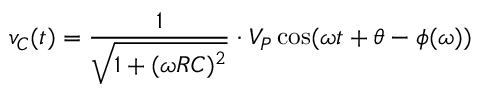
v _ { C } ( t ) = { \frac { 1 } { \sqrt { 1 + ( \omega R C ) ^ { 2 } } } } \cdot V _ { P } \cos ( \omega t + \theta - \phi ( \omega ) )